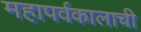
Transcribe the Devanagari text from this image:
महापर्वकालाची